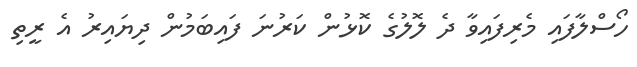
ހޯސްލާފައި މެރިފައިވާ ދެ ލޮލުގެ ކޮޅުން ކަރުނަ ފައިބަމުން ދިޔައިރު އެ ރީތި